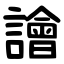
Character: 譮